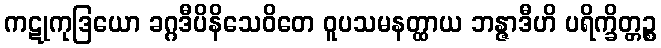
ကဋုကုဒြယော ခဂ္ဂဒီပိနိသေဝိတေ ဝူပသမနတ္ထာယ ဘန္ဇာဒီဟိ ပရိက္ခိတ္တဉ္စ